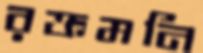
রক্তমনি